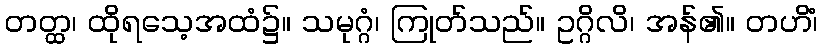
တတ္ထ၊ ထိုရသေ့အထံ၌။ သမုဂ္ဂံ၊ ကြုတ်သည်။ ဥဂ္ဂိလိ၊ အန်၏။ တဟိံ၊